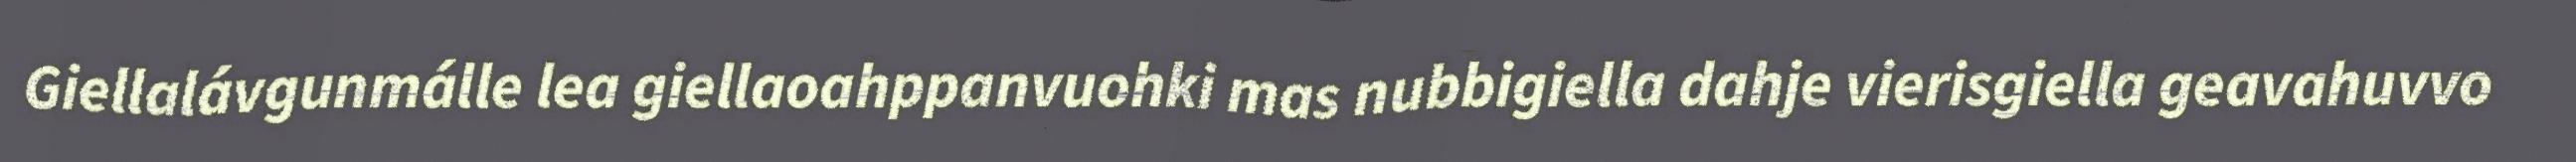
Giellalávgunmálle lea giellaoahppanvuohki mas nubbigiella dahje vierisgiella geavahuvvo